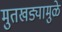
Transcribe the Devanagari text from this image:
मुतखड्यामुळे